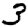
Digit: 3